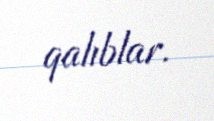
qalıblar.